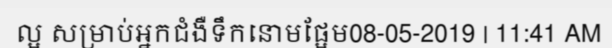
ល្អ សម្រាប់អ្នកជំងឺទឹកនោមផ្អែម08-05-2019 | 11:41 AM